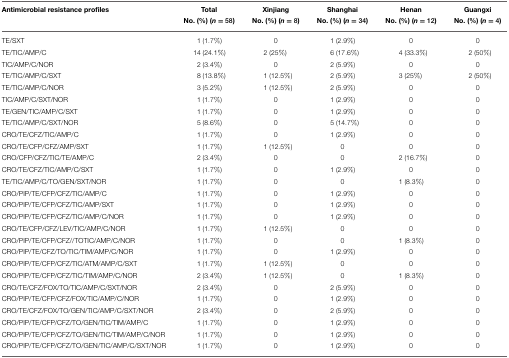
<table><thead><tr><td><b>Antimicrobial resistance profiles</b></td><td><b>Total No. (%) (<i>n</i> = 58)</b></td><td><b>Xinjiang No. (%) (<i>n</i> = 8)</b></td><td><b>Shanghai No. (%) (<i>n</i> = 34)</b></td><td><b>Henan No. (%) (<i>n</i> = 12)</b></td><td><b>Guangxi No. (%) (<i>n</i> = 4)</b></td></tr></thead><tbody><tr><td>TE/SXT</td><td>1 (1.7%)</td><td>0</td><td>1 (2.9%)</td><td>0</td><td>0</td></tr><tr><td>TE/TIC/AMP/C</td><td>14 (24.1%)</td><td>2 (25%)</td><td>6 (17.6%)</td><td>4 (33.3%)</td><td>2 (50%)</td></tr><tr><td>TIC/AMP/C/NOR</td><td>2 (3.4%)</td><td>0</td><td>2 (5.9%)</td><td>0</td><td>0</td></tr><tr><td>TE/TIC/AMP/C/SXT</td><td>8 (13.8%)</td><td>1 (12.5%)</td><td>2 (5.9%)</td><td>3 (25%)</td><td>2 (50%)</td></tr><tr><td>TE/TIC/AMP/C/NOR</td><td>3 (5.2%)</td><td>1 (12.5%)</td><td>2 (5.9%)</td><td>0</td><td>0</td></tr><tr><td>TIC/AMP/C/SXT/NOR</td><td>1 (1.7%)</td><td>0</td><td>1 (2.9%)</td><td>0</td><td>0</td></tr><tr><td>TE/GEN/TIC/AMP/C/SXT</td><td>1 (1.7%)</td><td>0</td><td>1 (2.9%)</td><td>0</td><td>0</td></tr><tr><td>TE/TIC/AMP/C/SXT/NOR</td><td>5 (8.6%)</td><td>0</td><td>5 (14.7%)</td><td>0</td><td>0</td></tr><tr><td>CRO/TE/CFZ/TIC/AMP/C</td><td>1 (1.7%)</td><td>0</td><td>1 (2.9%)</td><td>0</td><td>0</td></tr><tr><td>CRO/TE/CFP/CFZ/AMP/SXT</td><td>1 (1.7%)</td><td>1 (12.5%)</td><td>0</td><td>0</td><td>0</td></tr><tr><td>CRO/CFP/CFZ/TIC/TE/AMP/C</td><td>2 (3.4%)</td><td>0</td><td>0</td><td>2 (16.7%)</td><td>0</td></tr><tr><td>CRO/TE/CFZ/TIC/AMP/C/SXT</td><td>1 (1.7%)</td><td>0</td><td>1 (2.9%)</td><td>0</td><td>0</td></tr><tr><td>TE/TIC/AMP/C/TO/GEN/SXT/NOR</td><td>1 (1.7%)</td><td>0</td><td>0</td><td>1 (8.3%)</td><td>0</td></tr><tr><td>CRO/PIP/TE/CFP/CFZ/TIC/AMP/C</td><td>1 (1.7%)</td><td>0</td><td>1 (2.9%)</td><td>0</td><td>0</td></tr><tr><td>CRO/PIP/TE/CFP/CFZ/TIC/AMP/SXT</td><td>1 (1.7%)</td><td>0</td><td>1 (2.9%)</td><td>0</td><td>0</td></tr><tr><td>CRO/PIP/TE/CFP/CFZ/TIC/AMP/C/NOR</td><td>1 (1.7%)</td><td>0</td><td>1 (2.9%)</td><td>0</td><td>0</td></tr><tr><td>CRO/TE/CFP/CFZ/LEV/TIC/AMP/C/NOR</td><td>1 (1.7%)</td><td>1 (12.5%)</td><td>0</td><td>0</td><td>0</td></tr><tr><td>CRO/PIP/TE/CFP/CFZ//TOTIC/AMP/C/NOR</td><td>1 (1.7%)</td><td>0</td><td>0</td><td>1 (8.3%)</td><td>0</td></tr><tr><td>CRO/PIP/TE/CFZ/TO/TIC/TIM/AMP/C/NOR</td><td>1 (1.7%)</td><td>0</td><td>1 (2.9%)</td><td>0</td><td>0</td></tr><tr><td>CRO/PIP/TE/CFP/CFZ/TIC/ATM/AMP/C/SXT</td><td>1 (1.7%)</td><td>1 (12.5%)</td><td>0</td><td>0</td><td>0</td></tr><tr><td>CRO/PIP/TE/CFP/CFZ/TIC/TIM/AMP/C/NOR</td><td>2 (3.4%)</td><td>1 (12.5%)</td><td>0</td><td>1 (8.3%)</td><td>0</td></tr><tr><td>CRO/TE/CFZ/FOX/TO/TIC/AMP/C/SXT/NOR</td><td>2 (3.4%)</td><td>0</td><td>2 (5.9%)</td><td>0</td><td>0</td></tr><tr><td>CRO/PIP/TE/CFP/CFZ/FOX/TIC/AMP/C/NOR</td><td>1 (1.7%)</td><td>0</td><td>1 (2.9%)</td><td>0</td><td>0</td></tr><tr><td>CRO/TE/CFZ/FOX/TO/GEN/TIC/AMP/C/SXT/NOR</td><td>2 (3.4%)</td><td>0</td><td>2 (5.9%)</td><td>0</td><td>0</td></tr><tr><td>CRO/PIP/TE/CFP/CFZ/TO/GEN/TIC/TIM/AMP/C</td><td>1 (1.7%)</td><td>0</td><td>1 (2.9%)</td><td>0</td><td>0</td></tr><tr><td>CRO/PIP/TE/CFP/CFZ/TO/GEN/TIC/TIM/AMP/C/NOR</td><td>1 (1.7%)</td><td>0</td><td>1 (2.9%)</td><td>0</td><td>0</td></tr><tr><td>CRO/PIP/TE/CFP/CFZ/TO/GEN/TIC/AMP/C/SXT/NOR</td><td>1 (1.7%)</td><td>0</td><td>1 (2.9%)</td><td>0</td><td>0</td></tr></tbody></table>